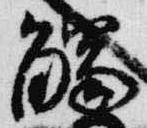
触